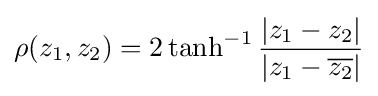
\rho (z_{1},z_{2})=2\tanh ^{-1}{\frac {|z_{1}-z_{2}|}{|z_{1}-{\overline {z_{2}}}|}}